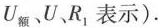
U_{额}、U、R_{1}表示).